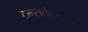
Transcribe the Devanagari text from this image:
ट्रान्सलेटर्सच्या